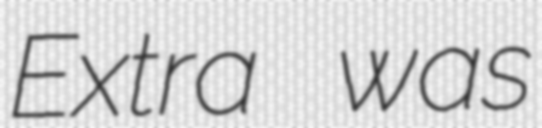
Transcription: Extra was